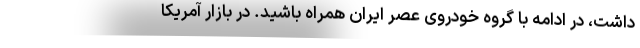
داشت، در ادامه با گروه خودروی عصر ایران همراه باشید. در بازار آمریکا